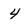
Character: 4